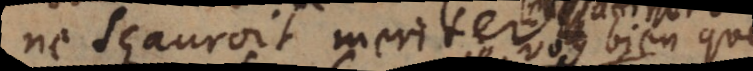
ne sçauroit meriter. D.